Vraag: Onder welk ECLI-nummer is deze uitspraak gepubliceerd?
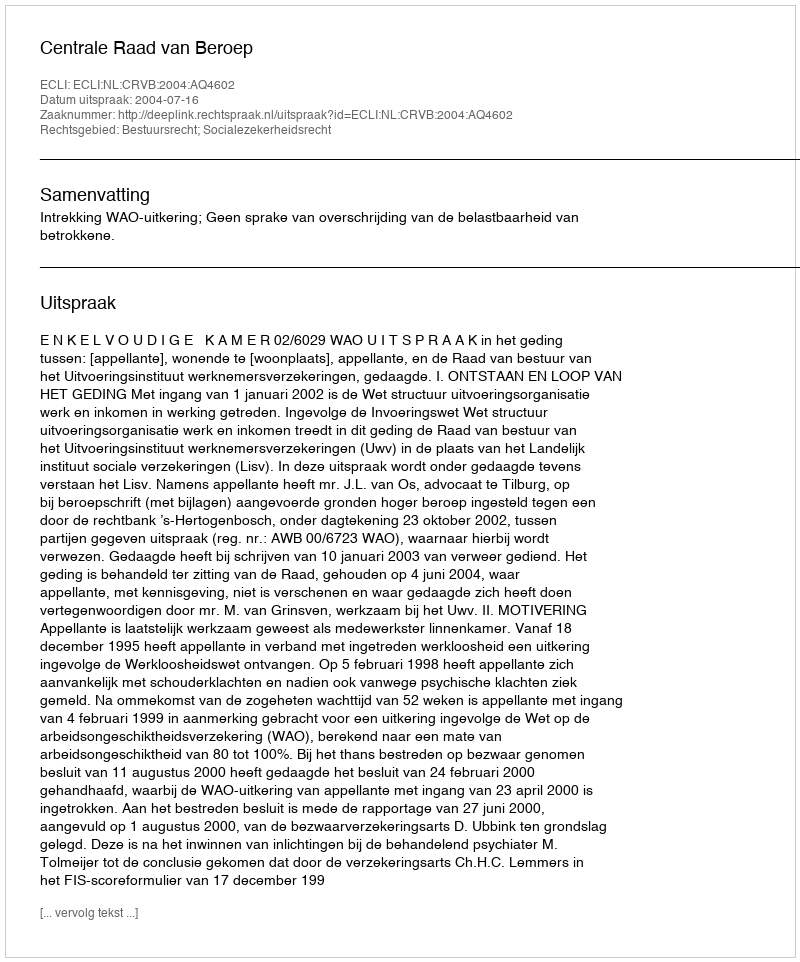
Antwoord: ECLI:NL:CRVB:2004:AQ4602